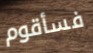
فسأقوم